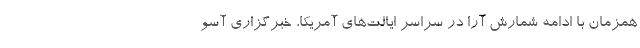
همزمان با ادامه شمارش آرا در سراسر ایالت‌های آمریکا، خبرگزاری آسو